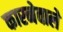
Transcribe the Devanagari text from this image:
कारनेवाले